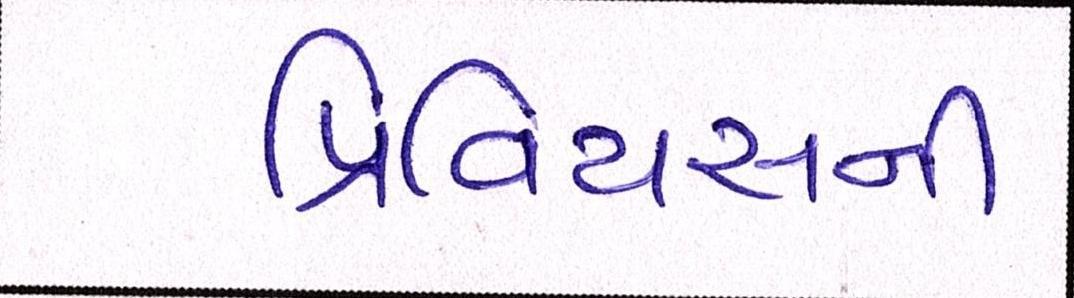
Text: પ્રિવિયસની